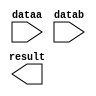
// megafunction wizard: %LPM_MULT%VBB%
// GENERATION: STANDARD
// VERSION: WM1.0
// MODULE: lpm_mult 

// ============================================================
// Megafunction Name(s):
// 			lpm_mult
//
// Simulation Library Files(s):
// 			lpm
// ============================================================
// ************************************************************
// THIS IS A WIZARD-GENERATED FILE. DO NOT EDIT THIS FILE!
//
// 17.1.0 Build 590 10/25/2017 SJ Lite Edition
// ************************************************************

//Copyright (C) 2017  Intel Corporation. All rights reserved.
//Your use of Intel Corporation's design tools, logic functions 
//and other software and tools, and its AMPP partner logic 
//functions, and any output files from any of the foregoing 
//(including device programming or simulation files), and any 
//associated documentation or information are expressly subject 
//to the terms and conditions of the Intel Program License 
//Subscription Agreement, the Intel Quartus Prime License Agreement,
//the Intel FPGA IP License Agreement, or other applicable license
//agreement, including, without limitation, that your use is for
//the sole purpose of programming logic devices manufactured by
//Intel and sold by Intel or its authorized distributors.  Please
//refer to the applicable agreement for further details.

module LPM_MULT_Signed (
	dataa,
	datab,
	result);

	input	[31:0]  dataa;
	input	[31:0]  datab;
	output	[63:0]  result;

endmodule

// ============================================================
// CNX file retrieval info
// ============================================================
// Retrieval info: PRIVATE: AutoSizeResult NUMERIC "1"
// Retrieval info: PRIVATE: B_isConstant NUMERIC "0"
// Retrieval info: PRIVATE: ConstantB NUMERIC "0"
// Retrieval info: PRIVATE: INTENDED_DEVICE_FAMILY STRING "Cyclone V"
// Retrieval info: PRIVATE: LPM_PIPELINE NUMERIC "0"
// Retrieval info: PRIVATE: Latency NUMERIC "0"
// Retrieval info: PRIVATE: SYNTH_WRAPPER_GEN_POSTFIX STRING "0"
// Retrieval info: PRIVATE: SignedMult NUMERIC "1"
// Retrieval info: PRIVATE: USE_MULT NUMERIC "1"
// Retrieval info: PRIVATE: ValidConstant NUMERIC "0"
// Retrieval info: PRIVATE: WidthA NUMERIC "32"
// Retrieval info: PRIVATE: WidthB NUMERIC "32"
// Retrieval info: PRIVATE: WidthP NUMERIC "64"
// Retrieval info: PRIVATE: aclr NUMERIC "0"
// Retrieval info: PRIVATE: clken NUMERIC "0"
// Retrieval info: PRIVATE: new_diagram STRING "1"
// Retrieval info: PRIVATE: optimize NUMERIC "0"
// Retrieval info: LIBRARY: lpm lpm.lpm_components.all
// Retrieval info: CONSTANT: LPM_HINT STRING "MAXIMIZE_SPEED=5"
// Retrieval info: CONSTANT: LPM_REPRESENTATION STRING "SIGNED"
// Retrieval info: CONSTANT: LPM_TYPE STRING "LPM_MULT"
// Retrieval info: CONSTANT: LPM_WIDTHA NUMERIC "32"
// Retrieval info: CONSTANT: LPM_WIDTHB NUMERIC "32"
// Retrieval info: CONSTANT: LPM_WIDTHP NUMERIC "64"
// Retrieval info: USED_PORT: dataa 0 0 32 0 INPUT NODEFVAL "dataa[31..0]"
// Retrieval info: USED_PORT: datab 0 0 32 0 INPUT NODEFVAL "datab[31..0]"
// Retrieval info: USED_PORT: result 0 0 64 0 OUTPUT NODEFVAL "result[63..0]"
// Retrieval info: CONNECT: @dataa 0 0 32 0 dataa 0 0 32 0
// Retrieval info: CONNECT: @datab 0 0 32 0 datab 0 0 32 0
// Retrieval info: CONNECT: result 0 0 64 0 @result 0 0 64 0
// Retrieval info: GEN_FILE: TYPE_NORMAL LPM_MULT_Signed.v TRUE
// Retrieval info: GEN_FILE: TYPE_NORMAL LPM_MULT_Signed.inc FALSE
// Retrieval info: GEN_FILE: TYPE_NORMAL LPM_MULT_Signed.cmp FALSE
// Retrieval info: GEN_FILE: TYPE_NORMAL LPM_MULT_Signed.bsf FALSE
// Retrieval info: GEN_FILE: TYPE_NORMAL LPM_MULT_Signed_inst.v FALSE
// Retrieval info: GEN_FILE: TYPE_NORMAL LPM_MULT_Signed_bb.v TRUE
// Retrieval info: LIB_FILE: lpm